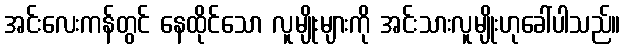
အင်းလေးကန်တွင် နေထိုင်သော လူမျိုးများကို အင်းသားလူမျိုးဟုခေါ်ပါသည်။